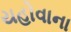
યહોવાના